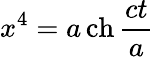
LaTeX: x^{4}=a\operatorname{ch}{\frac{ct}{a}}